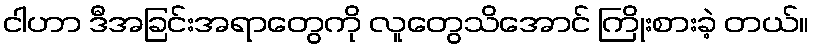
ငါဟာ ဒီအခြင်းအရာတွေကို လူတွေသိအောင် ကြိုးစားခဲ့ တယ်။